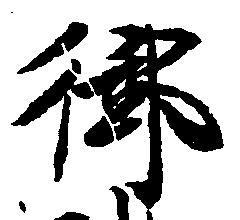
御